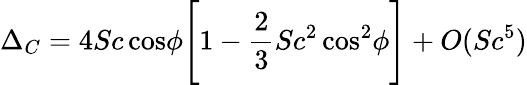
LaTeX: \Delta_{C}=4Sc\, \mathrm{cos}\phi\Bigg[1-{\frac{2}{3}}Sc^{2}\, \mathrm{cos}^{2}\phi\Bigg]+O(Sc^{5})